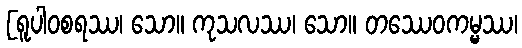
[ရူပါဝစရဿ၊ သော။ ကုသလဿ၊ သော။ တဿေဝကမ္မ္မဿ၊